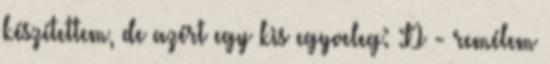
készítettem, de azért egy kis egyveleg: :D - remélem